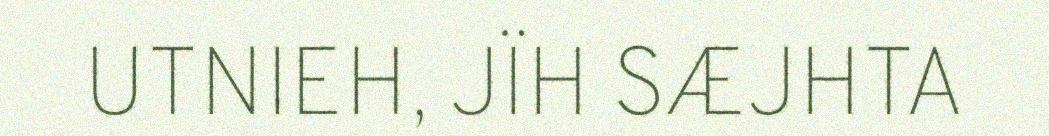
UTNIEH, JÏH SÆJHTA